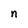
Character: n